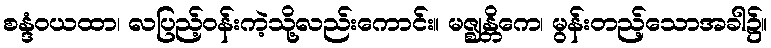
စန္ဒံဝယထာ၊ လပြည့်ဝန်းကဲ့သို့လည်းကောင်း။ မဇ္ဈန္တိကေ၊ မွန်းတည့်သောအခါ၌။